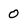
Character: 0